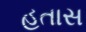
હતાસ